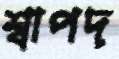
শ্বাপদ